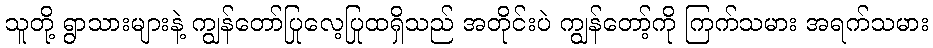
သူတို့ ရွာသားများနဲ့ ကျွန်တော်ပြုလေ့ပြုထရှိသည် အတိုင်းပဲ ကျွန်တော့်ကို ကြက်သမား အရက်သမား